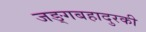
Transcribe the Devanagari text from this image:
जङ्गबहादुरकी